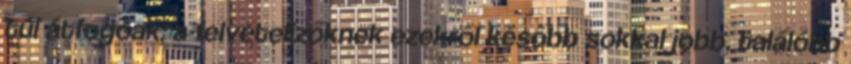
túl átfogóak, a felvételizőknek ezekről később sokkal jobb, találóbb